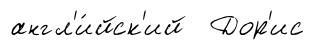
англ'и́йск'ий Дор'ис